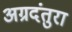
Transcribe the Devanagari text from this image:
अग्रदंतुरा